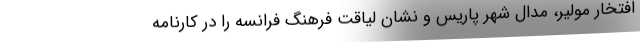
افتخار مولیر، مدال شهر پاریس و نشان لیاقت فرهنگ فرانسه را در کارنامه